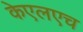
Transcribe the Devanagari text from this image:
केएलएच